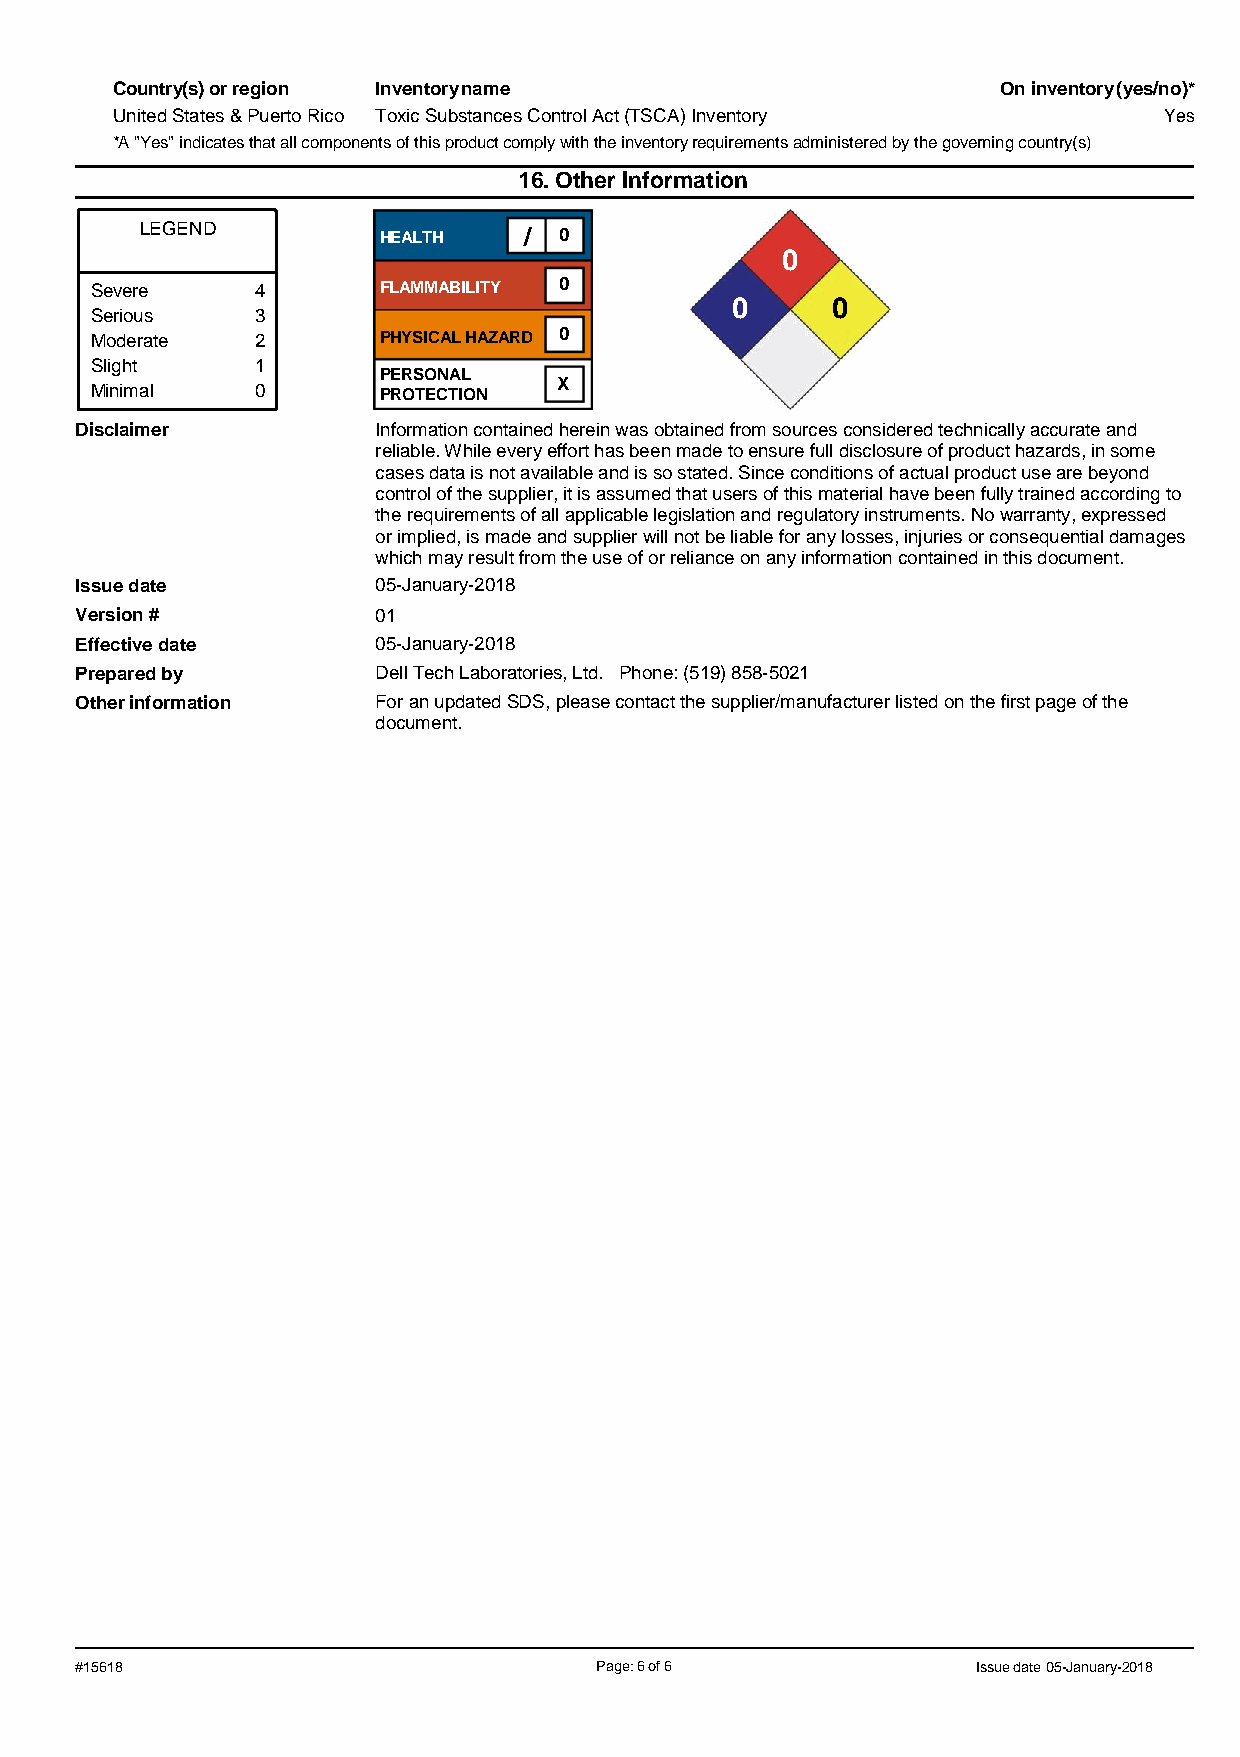
Country(s) or region Inventory name                        On inventory (yes/no)*
 United States & Puerto Rico Toxic Substances Control Act (TSCA) Inventory Yes
 *A "Yes" indicates that all components of this product comply with the inventory requirements administered by the governing country(s)
 16. Other Information
 LEGEND
 HEALTH    / 0
 0
 Severe     4       FLAMMABILITY 0
 0      0
 Serious    3
 Moderate   2       PHYSICAL HAZARD 0
 Slight     1
 PERSONAL
 X
 Minimal    0       PROTECTION
 Disclaimer          Information contained herein was obtained from sources considered technically accurate and
 reliable. While every effort has been made to ensure full disclosure of product hazards, in some
 cases data is not available and is so stated. Since conditions of actual product use are beyond
 control of the supplier, it is assumed that users of this material have been fully trained according to
 the requirements of all applicable legislation and regulatory instruments. No warranty, expressed
 or implied, is made and supplier will not be liable for any losses, injuries or consequential damages
 which may result from the use of or reliance on any information contained in this document.
 Issue date          05-January-2018
 Version #           01
 Effective date      05-January-2018
 Prepared by         Dell Tech Laboratories, Ltd. Phone: (519) 858-5021
 Other information   For an updated SDS, please contact the supplier/manufacturer listed on the first page of the
 document.
 #15618                            Page: 6 of 6              Issue date 05-January-2018